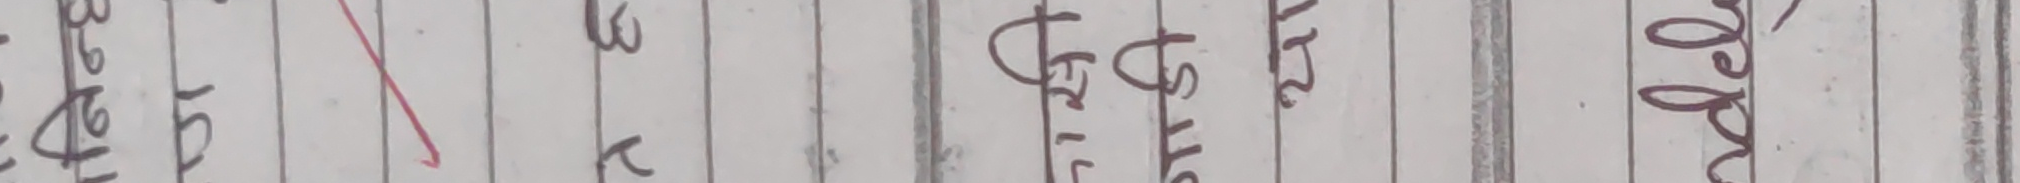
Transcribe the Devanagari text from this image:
वेटेलडिअ३अ सरुमच फ्रिटसिट मात१२र जोजोओअ